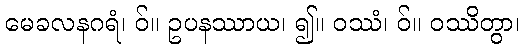
မေခလနဂရံ၊ ဝ်။ ဥပနဿာယ၊ ၍။ ဝဿံ၊ ဝ်။ ဝဿိတွာ၊